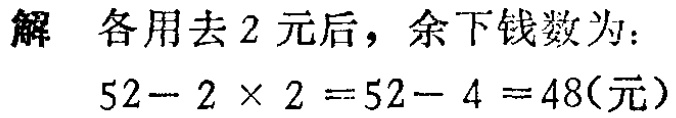
解 各用去2元后，余下钱数为：

\[

52 - 2\times2 = 52 - 4 = 48(\text{元})

\]